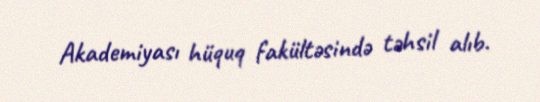
Akademiyası hüquq fakültəsində təhsil alıb.